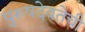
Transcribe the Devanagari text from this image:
पुरुषदेवतेची